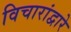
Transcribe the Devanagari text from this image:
विचारांद्वारे